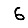
Digit: 6